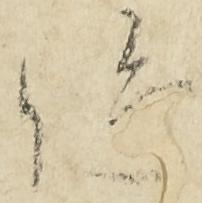
位